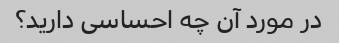
در مورد آن چه احساسی دارید؟